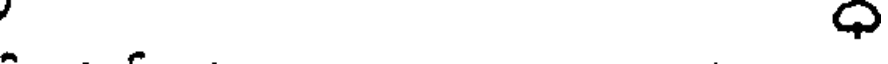
.